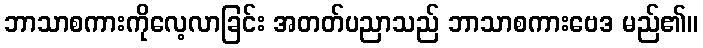
ဘာသာစကားကိုလေ့လာခြင်း အတတ်ပညာသည် ဘာသာစကားဗေဒ မည်၏။